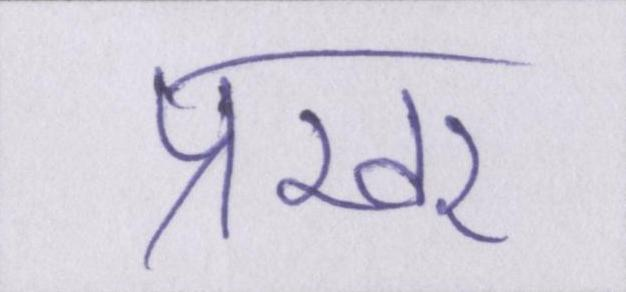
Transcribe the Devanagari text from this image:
प्रखर